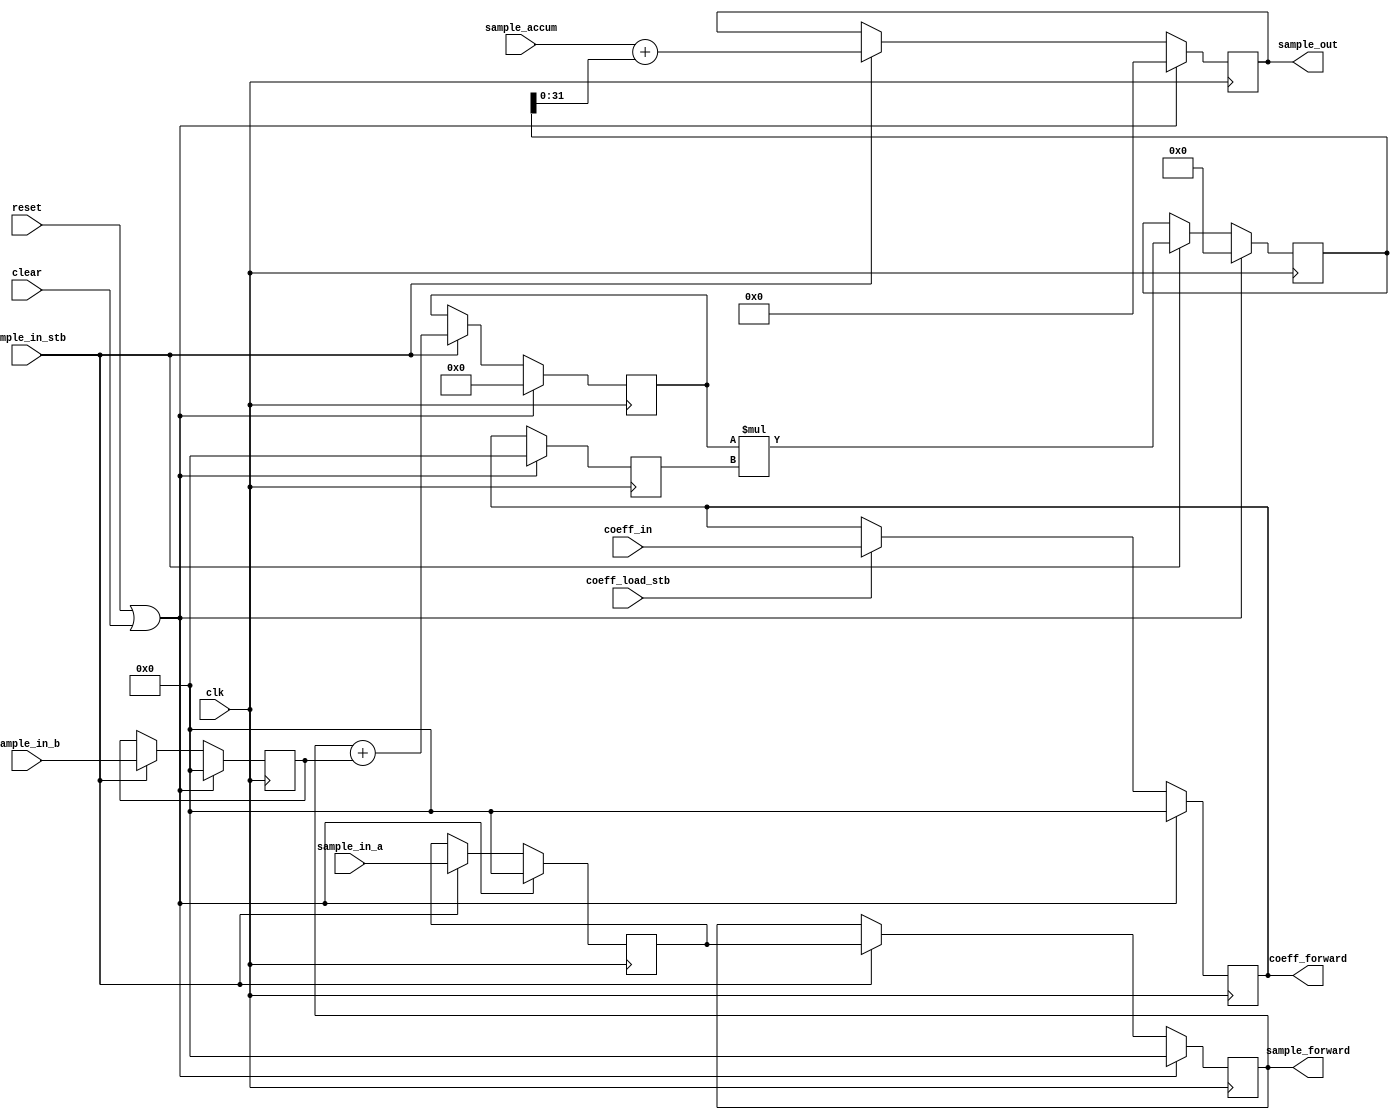
//
// Copyright 2017 Ettus Research
// Copyright 2018 Ettus Research, a National Instruments Company
//
// SPDX-License-Identifier: LGPL-3.0-or-later
//
// Multiply-accumulate with preadder for use as a computation unit
// in FIR filters. Designed to infer a DSP48 for all registers
// and arithmetic.
//
// Parameters:
//   IN_WIDTH                 - Input width
//   COEFF_WIDTH              - Coefficient width
//   ACCUM_WIDTH              - Accumulator width
//   OUT_WIDTH                - Output width
//
module fir_filter_slice #(
  parameter IN_WIDTH     = 16,
  parameter COEFF_WIDTH  = 16,
  parameter ACCUM_WIDTH  = 32,
  parameter OUT_WIDTH    = 32)
(
  input clk,
  input reset,
  input clear,
  input sample_in_stb,
  input signed [IN_WIDTH-1:0] sample_in_a,       // Sample in
  input signed [IN_WIDTH-1:0] sample_in_b,       // Sample in for symmetric filters
  output signed [IN_WIDTH-1:0] sample_forward,   // Delayed sample in to forward
  input signed [COEFF_WIDTH-1:0] coeff_in,       // Filter tap coefficient
  output signed [COEFF_WIDTH-1:0] coeff_forward, // Filter tap coefficient to forward
  input coeff_load_stb,                          // Load coefficient
  input signed [ACCUM_WIDTH-1:0] sample_accum,   // Accumulating path
  output signed [OUT_WIDTH-1:0] sample_out       // Result
);

  reg signed [IN_WIDTH-1:0] a_reg[0:1];
  reg signed [IN_WIDTH-1:0] d_reg;
  reg signed [IN_WIDTH:0] ad_reg;
  reg signed [COEFF_WIDTH-1:0] b_reg[0:1];
  reg signed [IN_WIDTH+COEFF_WIDTH:0] m_reg;
  reg signed [ACCUM_WIDTH-1:0] p_reg;

  always @(posedge clk) begin
    if (reset | clear) begin
      a_reg[0]   <= 0;
      a_reg[1]   <= 0;
      d_reg      <= 0;
      b_reg[0]   <= 0;
      b_reg[1]   <= 0;
      ad_reg     <= 0;
      m_reg      <= 0;
      p_reg      <= 0;
    end else begin
      if (sample_in_stb) begin
        a_reg[0] <= sample_in_a;
        a_reg[1] <= a_reg[0];
        d_reg    <= sample_in_b;
        ad_reg   <= a_reg[1] + d_reg;
        m_reg    <= ad_reg * b_reg[1];
        p_reg    <= sample_accum + m_reg;
      end
      if (coeff_load_stb) begin
        b_reg[0] <= coeff_in;
      end
      b_reg[1]   <= b_reg[0];
    end
  end

  assign coeff_forward  = b_reg[0];
  assign sample_forward = a_reg[1];
  assign sample_out     = p_reg[OUT_WIDTH-1:0];

endmodule